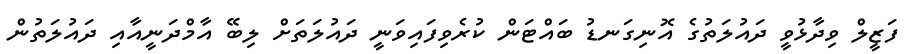
ފަޒީލް ވިދާޅުވީ ދައުލަތުގެ އޮނިގަނޑު ބައްޓަން ކުރެވިފައިވަނީ ދައުލަތަށް ލިބޭ އާމްދަނީއާއި ދައުލަތުން